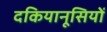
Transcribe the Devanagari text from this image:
दकियानूसियों